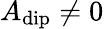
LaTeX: A_{\mathrm{dip}}\neq 0